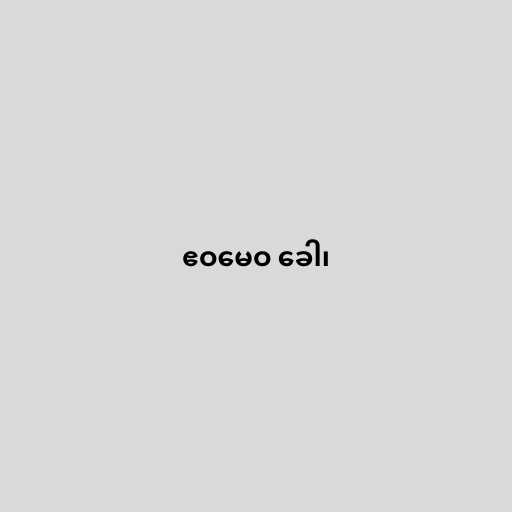
ဧဝမေဝ ခေါ၊